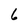
Character: 6